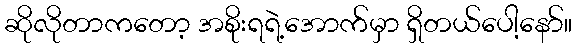
ဆိုလိုတာကတော့ အစိုးရရဲ့အောက်မှာ ရှိတယ်ပေါ့နော်။